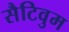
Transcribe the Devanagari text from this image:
सैटिवुम